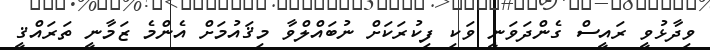
ވިދާޅުވީ ރައީސް ގެންދަވަނީ ވަކި ފިކުރަކަށް ނުބައްލްވާ މިޤައުމަށް އެންމެ ޒަމާނީ ތަރައްޤީ